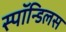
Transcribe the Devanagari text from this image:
स्पॉन्डिलस